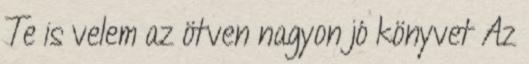
Te is velem az ötven nagyon jó könyvet Az